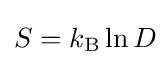
S=k_{\rm {B}}\ln D\!